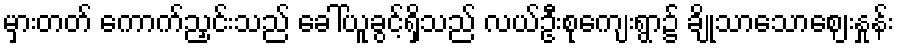
မှားတတ် ကောက်ညှင်းသည် ခေါ်ယူခွင့်ရှိသည် လယ်ဦးစုကျေးရွာ၌ ချိုသာသောဈေးနှုန်း